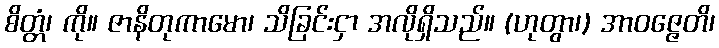
စိတ္တံ၊ ကို။ ဇာနိတုကာမော၊ သိခြင်းငှာ အလိုရှိသည်။ (ဟုတွာ၊) အာဝဇ္ဇေတိ၊